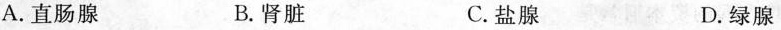
A.直肠腺 B.肾脏 C.盐腺 D.绿腺